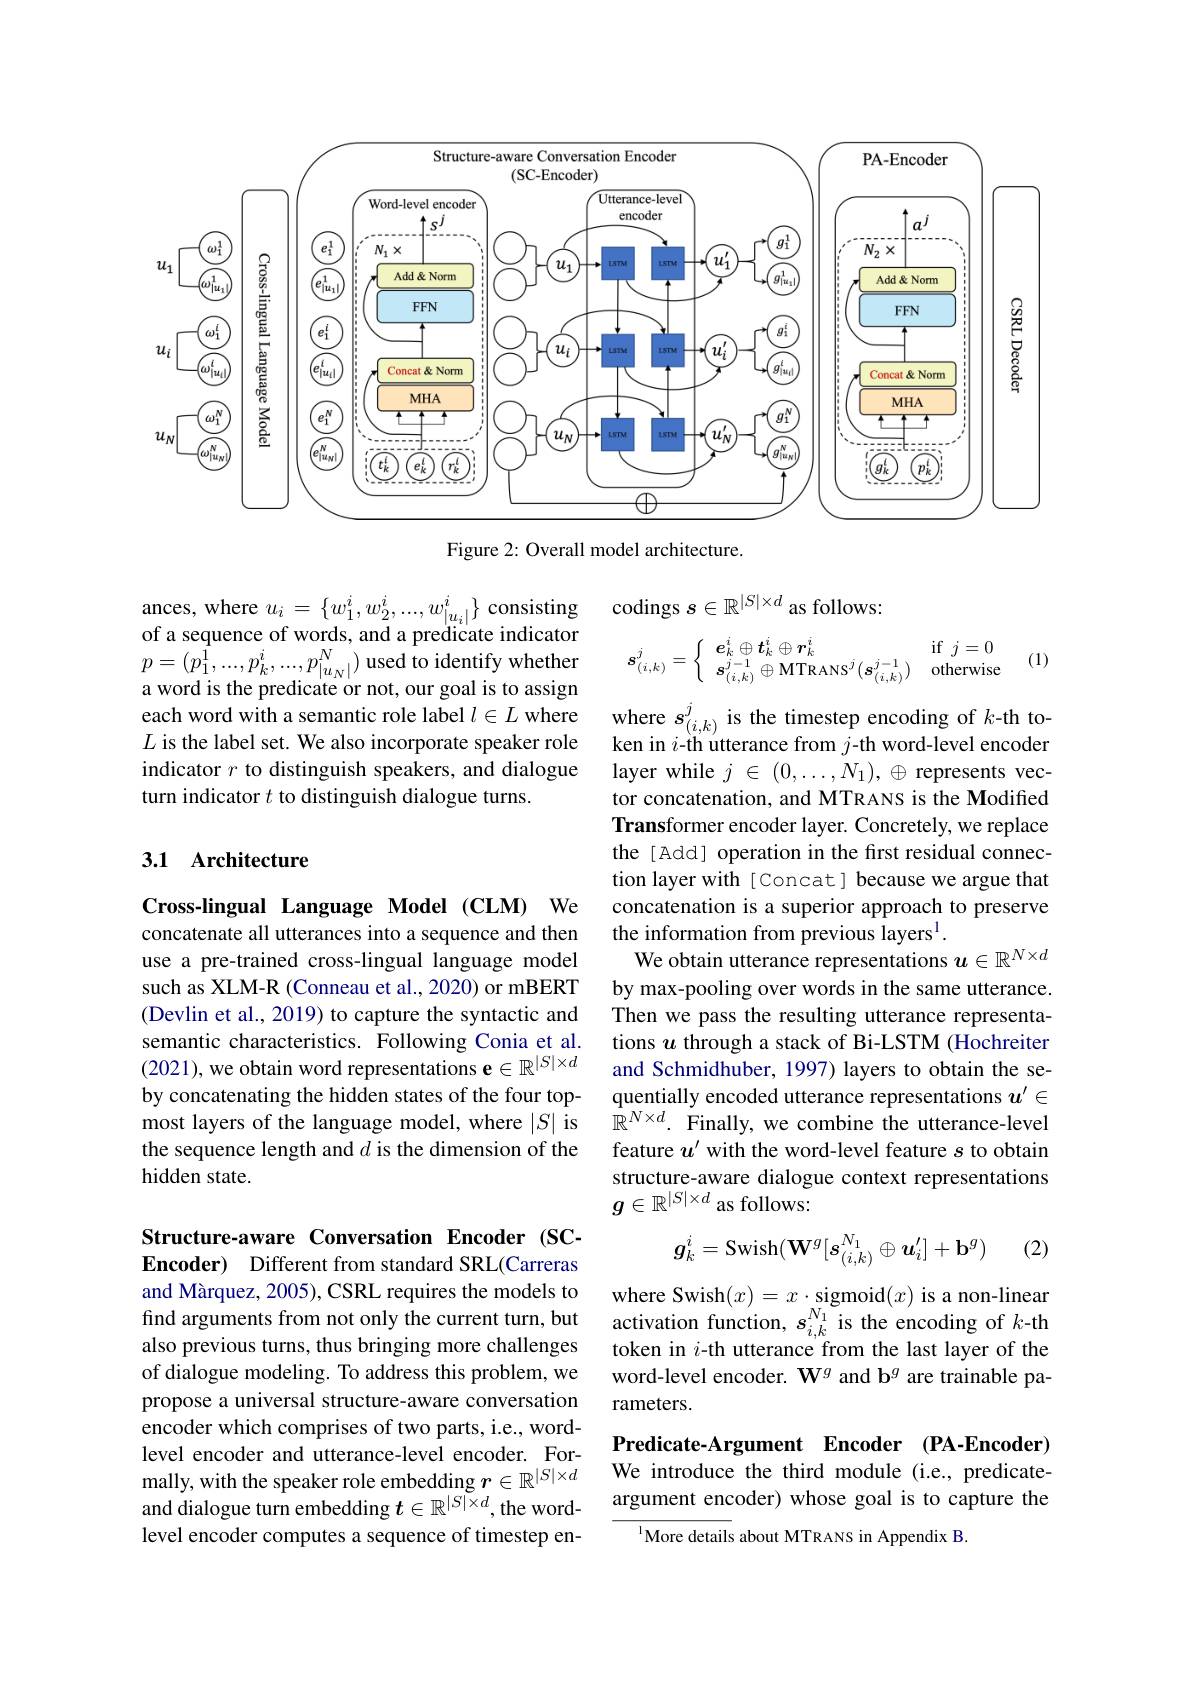
<FigureHere>

Figure 2: Overall model architecture.

ances, where $u_{i}= \{ w_{1}^{i}, w_{2}^{i}, . . . , w_{| u_{i}| }^{i}\}$ consisting codings $s\in \mathbb{R} ^{| S| \times d}$ as follows: of a sequence of words, and a predicate indicator $( a^{i}\cap t^{i}\cap r^{i})$
(1)
$$\boldsymbol{s}_{(i,k)}^j=\left\{\begin{array}{ll}\boldsymbol{e}_k^i\oplus\boldsymbol{t}_k^i\oplus\boldsymbol{r}_k^i&\text{if}\:j=0\\\boldsymbol{s}_{(i,k)}^{j-1}\oplus\text{MTRANS}^j(\boldsymbol{s}_{(i,k)}^{j-1})&\text{otherwise}\end{array}\right.$$
$\begin{array}{l}\mathrm{of~a~sequence~of~words,~and~a~predicate~indicator}\\p=(p_{1}^{1},...,p_{k}^{i},...,p_{|u_{N}|}^{N})~\mathrm{used~to~identify~whether}\\\text{a word is the predicate or not our goal is to assign}\end{array}$ a word is the predicate or not, our goal is to assign each word with a semantic role label $l\in L$ where where $s_{( i, k) }^j$is the timestep encoding of $k$- th to- $L$ is the label set. We also incorporate speaker role ken in $i$- th utterance from $j$- th word- level encoder
indicator $r$ to distinguish speakers, and dialogue
turn indicator $t$ to distinguish dialogue turns.

### 3.1 Architecture

layer while $j\in(0,\ldots,N_1),\oplus$ represents vector concatenation, and MTRANS is the Modified Transformer encoder layer. Concretely, we replace the[Add] operation in the first residual connection layer with [Concat] because we argue that concatenation is a superior approach to preserve the information from previous layers$^1.$
We obtain utterance representations $u\in\mathbb{R}^{N\times d}$ by max-pooling over words in the same utterance. Then we pass the resulting utterance representations $u$ through a stack of Bi-LSTM (Hochreiter and Schmidhuber, 1997) layers to obtain the sequentially encoded utterance representations $u^{\prime}\in$ $\bar{\mathbb{R}}^{N\times d}.$ Finally, we combine the utterance-level feature $u^\prime$ with the word-level feature $s$ to obtain structure-aware dialogue context representations $g\in\mathbb{R}^{|S|\times d}$ as follows:

Cross-lingual Language Model (CLM) We concatenate all utterances into a sequence and then use a pre-trained cross-lingual language model such as XLM-R (Conneau et al., 2020) or mBERT (Devlin et al., 2019) to capture the syntactic and semantic characteristics. Following Conia et al. (2021),we obtain word representations e$\in\mathbb{R}^|S|\times d$ by concatenating the hidden states of the four topmost layers of the language model, where $|S|$ is the sequence length and $d$ is the dimension of the hidden state.
$$g_k^i=\mathrm{Swish}(\mathbf{W}^g[s_{(i,k)}^{N_1}\oplus\boldsymbol{u}_i^{\prime}]+\mathbf{b}^g)$$
(2)

where Swish$(x)=x\cdot\underset{N}{\operatorname*{sigmoid}}(x)$ is a non-linear activation function, $s_{i,k}^{N_{1}}$ is the encoding of $k$-th token in $i$-th utterance from the last layer of the word-level encoder. $\mathbf{W}^g$ and b$^g$ are trainable parameters.

Structure-aware Conversation Encoder (SCEncoder) Different from standard SRL(Carreras and Màrquez, 2005), CSRL requires the models to find arguments from not only the current turn, but also previous turns, thus bringing more challenges of dialogue modeling. To address this problem, we propose a universal structure-aware conversation encoder which comprises of two parts, i.e., wordlevel encoder and utterance-level encoder. Formally, with the speaker role embedding $r\in\mathbb{R}^|S|\times d$ and dialogue turn embedding $t\in\mathbb{R}^{|\tilde{S}|\times d}$, the wordlevel encoder computes a sequence of timestep en-

Predicate-Argument Encoder (PA-Encoder) We introduce the third module (i.e., predicateargument encoder) whose goal is to capture the
${^{1}\text{More details about MTRANS in Appendix B}}.$